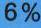
6 %